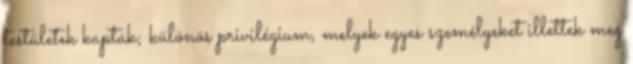
testületek kaptak; különös privilégium, melyek egyes személyeket illettek meg